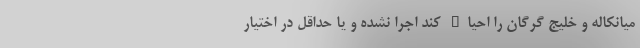
میانکاله و خلیج گرگان را احیاء کند اجرا نشده و یا حداقل در اختیار